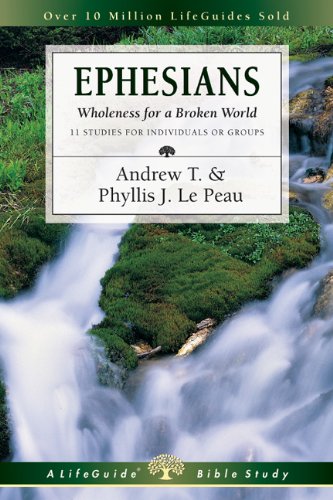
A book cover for Ephesians: Wholeness for a Broken World (Lifeguide Bible Studies); Andrew T. Le Peau; Christian Books & Bibles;